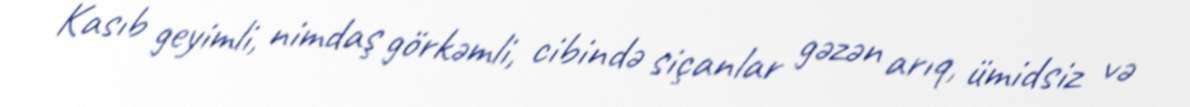
Kasıb geyimli, nimdaş görkəmli, cibində siçanlar gəzən arıq, ümidsiz və